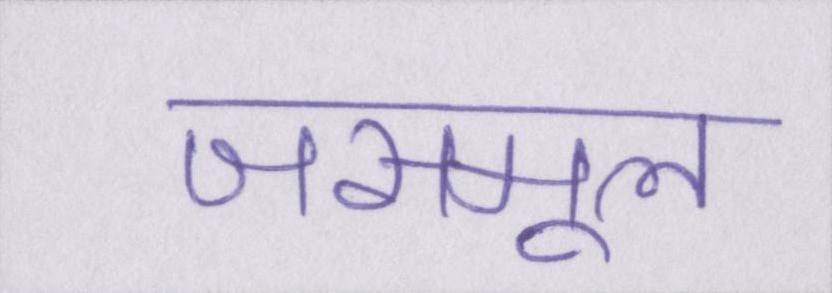
जसमूल